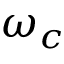
\omega _ { c }